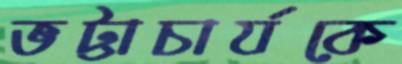
ভট্টাচার্যকে